Sketch of the medical history of the native army of Bombay, for the year
Year: 1872
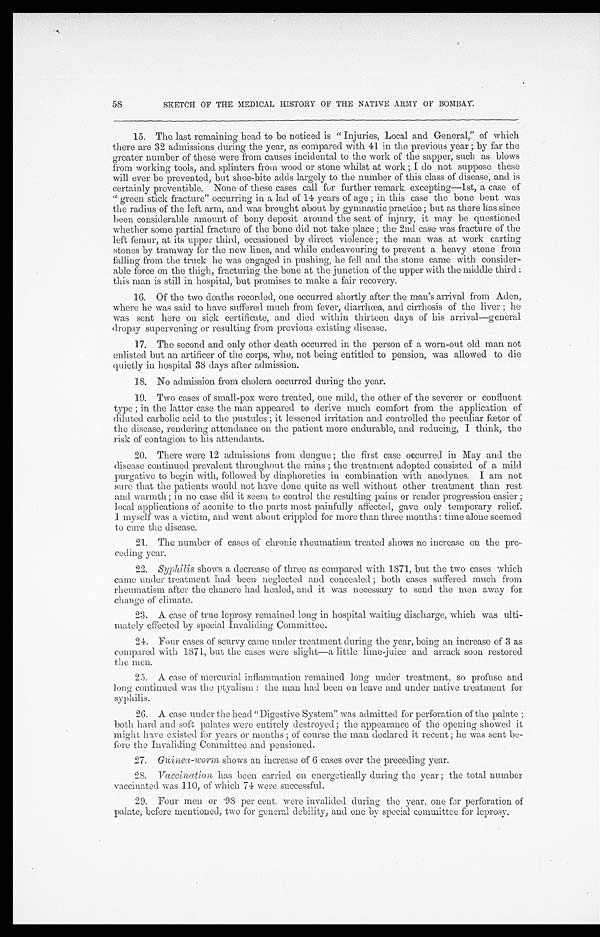
58
SKETCH OF THE MEDICAL HISTORY OF THE NATIVE ARMY OF BOMBAY.
15. The last remaining head to be noticed is " Injuries, Local and General;' of which
there are 32 admissions during the year, as compared with 41 in the previous year ; by far the
greater number of these were from causes incidental to the work of the sapper, such as blows
from working tools, and. splinters from wood or stone whilst at work ;. I do not suppose these
will ever be prevented, but shoe-bite adds largely to the number of this class of disease; and is
certainly preventible. None of these cases call fur further remark excepting-1st, a case of
" green stick fracture" occurring in a lad of 14 years of age ; in this case the bone bent was
the radius of the left arm, and was brought about by gymnastic. practice ; but as there has since
been considerable amount of bony deposit around the seat of injury, it may be questioned
whether some partial fracture of the bone did not take place ; the . 2nd case was fracture of the
left femur, at its upper third, occasioned by direct violence; the man was at work carting
stones by tramway for the new lines, and while endeavouring to- prevent a heavy stone from
falling from the truck he was engaged in pushing, he fell and the stone came with consider-
able force on the thigh, fracturing the bone at the junction of the upper with themiddlee third :-
this man is still in hospital, but promises tc make a fair recovery.
16. Of the two deaths recorded, one occurred shortly after the man's arrival from Aden,
where he was said to have suffered much from fever, diarrhoea, and cirrhosis of the liver ; he
was sent here on sick certificate, and died within thirteen days of his arrival—general
dropsy supervening or resulting from previous existing disease.
17. The- second and only other death occurred in the person of a worn-out old man not
enlisted but an artificer of the corps, who, not being entitled to pension, was allowed to die
quietly in hospital 38 days after- admission.
18. No admission from cholera occurred during the year.
19. Two cases of sina,11-pox were treated, one mild, the other of the severer or confluent
type ; in the latter case the man appeared to derive much comfort from the application of
diluted carbolic acid to the pustules ; it lessened irritation and controlled the peculiar fcetor of
the disease, rendering. attendance on the patient more endurable, and reducing, I think, the
risk of contagion to his attendants.
20. There were 12 admissions from dengue ; the first case occurred in May and the
disease continued prevalent throughout the rains ;. the treatment adopted consisted of a mild
purgative to begin with, followed by diaphoretics in combination with anodynes. I am not
sure that the patients would not have done quite as well without other treatment than rest
and warmth; in no case did it seem to control the resulting pains or render progression easier ;
local applications of aconite to the parts most painfully affected, gave only temporary relief.
I myself was a victim, and went about crippled for more than three months : time alone seemed
to cure the disease.
21. The number of cases of chronic rheumatism treated shows no increase on the pre-
ceding year.
22. Syphilis shows a decrease of three as compared with 1871, but the two' cases which
came under treatment had been neglected and concealed ; both cases suffered much from
rheumatism after the chancre had healed,. and it 'was necessary to send the men away for
change of climate.
23. A case of true leprosy remained long in hospital waiting discharge, which was ulti-
mately effected by special Invaliding Committee.
21. Four cases of scurvy came under treatment during the year, being an increase of 3 as
compared with 1871, but the cases were slight—a little lime-juice and arrack soon restored
the men.
25. A case of mercurial inflammation remained long under treatment, so profuse and
long continued was the ptyalism : the man had been on leave and under native treatment for
26. A case under the head "Digestive System" was admitted for perforation of the palate ;
both hard and soft palates were entirely destroyed; the appearance of the opening showed it
might have existed for years or months ; of course the man declared it recent ; he was sent be-
fore the Invaliding Committee and pensioned.
27. Guinea-worm shows au increase of 6 cases over the preceding year.
28. Vaccination has been carried on energetically during the year ; the total number
vaccinated was 110, of which 74 were successful.
29. Four men or •9S per cent. were invalided during the year, one for perforation of
palate, before mentioned, two for general debility, and one by special committee for leprosy.